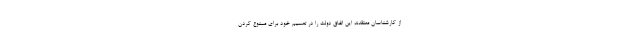
از کارشناسان معتقدند این اتفاق دولت را در تصمیم خود برای ممنوع کردن